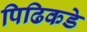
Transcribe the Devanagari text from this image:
पिढिकडे